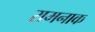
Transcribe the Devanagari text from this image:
रामनाक